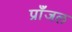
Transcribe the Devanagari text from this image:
प्राँजल